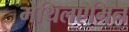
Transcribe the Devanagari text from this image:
मेथिलऐमिन